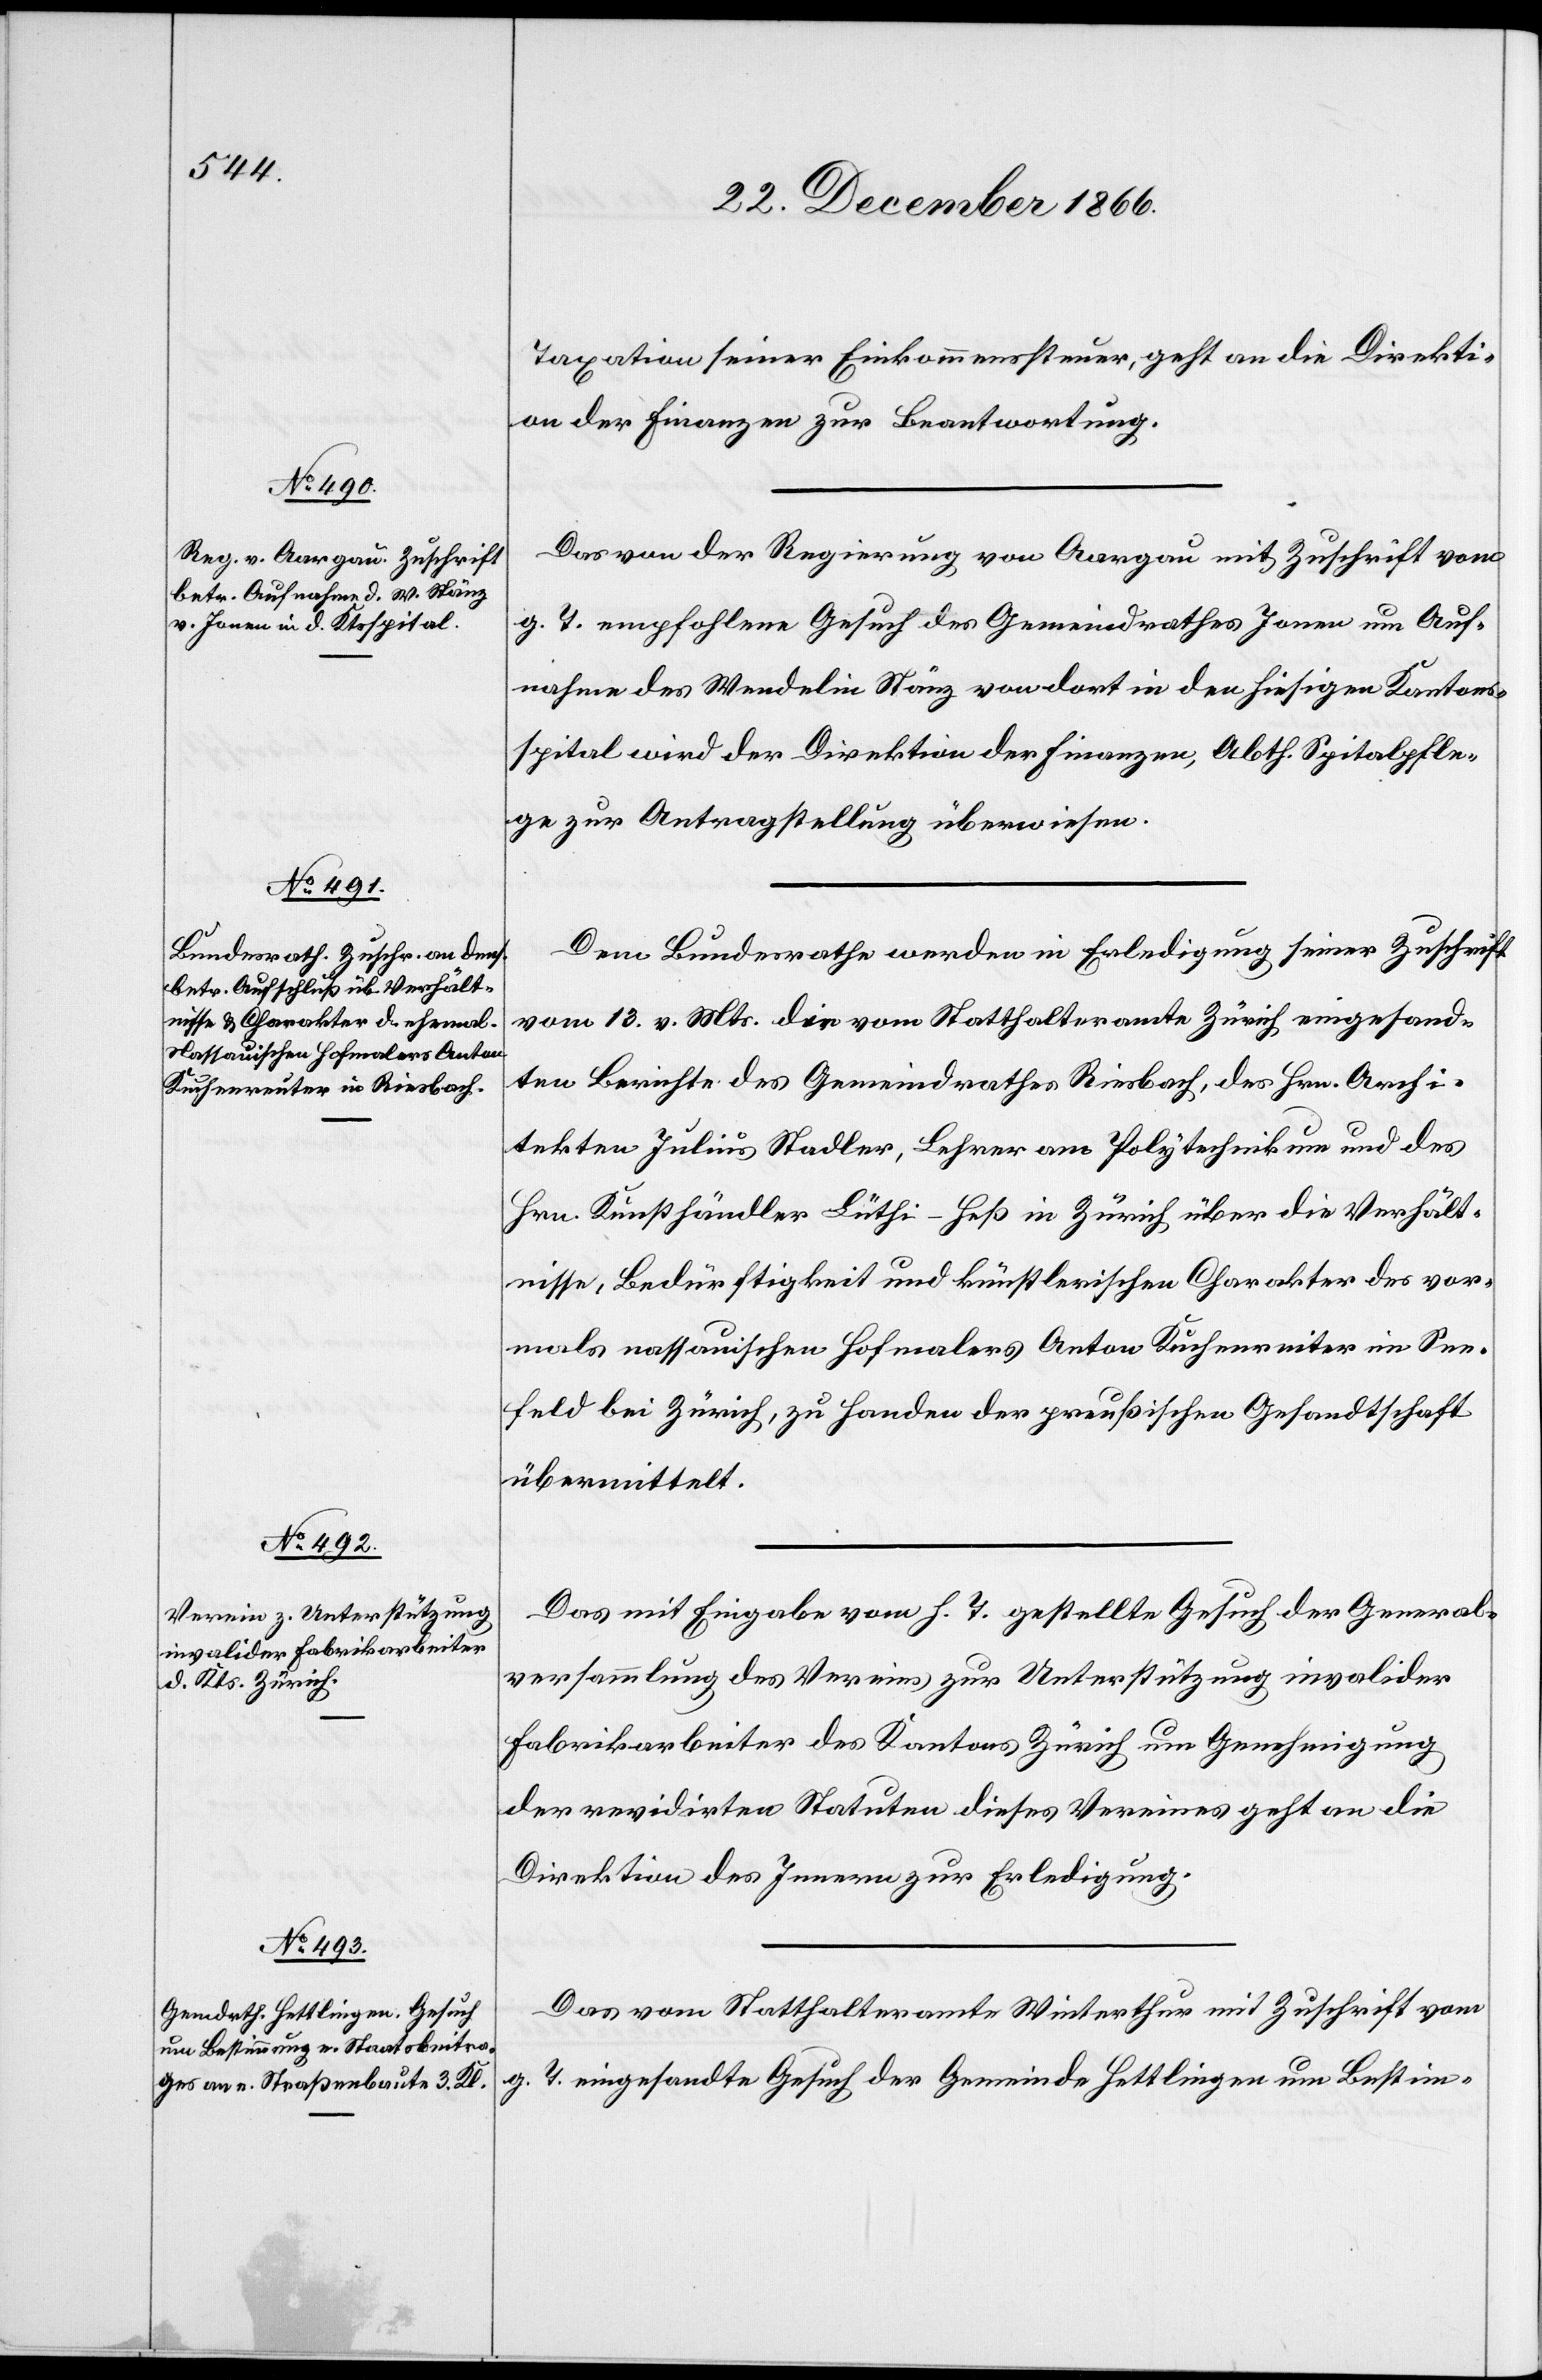
29. December 1866.]
Taxation seiner Einkommenssteuer, geht an die Direkti¬
on der Finanzen zur Beantwortung.
Das von der Regierung von Aargau mit Zuschrift vom
g. T. empfohlene Gesuch des Gemeindrathes Jonen um Auf¬
nahme des Wendelin Stänz von dort in den hiesigen Kantons¬
spital wird der Direktion der Finanzen, Abth. Spitalpfle¬
ge zur Antragstellung überwiesen.
Dem Bundesrathe werden in Erledigung seiner Zuschrift
vom 13. v. Mts. die vom Statthalteramte Zürich eingesand¬
ten Berichte des Gemeindrathes Riesbach, des Hrn. Archi¬
tekten Julius Stadler, Lehrer am Polytechnikum und des
Hrn. Kunsthändler Lüthi-Heß in Zürich über die Verhält¬
nisse, Bedürftigkeit und künstlerischen Charakter des vor¬
mals nassauischen Hofmalers Anton Kuchenreiter [sic!]
Seefeld bei Zürich, zu Handen der preußischen Gesandtschaft
übermittelt.
Das mit Eingabe vom h. T. gestellte Gesuch der General¬
versammlung des Vereins zur Unterstützung invalider
Fabrikarbeiter des Kantons Zürich um Genehmigung
der revidirten Statuten dieses Vereines geht an die
Direktion des Innern zur Erledigung.
Das vom Statthalteramte Winterthur mit Zuschrift vom
g. T. eingesandte Gesuch der Gemeinde Hettlingen um Bestim-